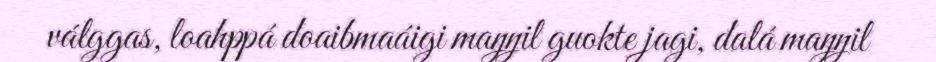
válggas, loahppá doaibmaáigi maŋŋil guokte jagi, dalá maŋŋil